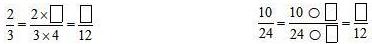
\[
\frac{2}{3}=\frac{2\times \square}{3\times 4}=\frac{\square}{12} \quad \frac{10}{24}=\frac{10\bigcirc\square}{24\bigcirc\square}=\frac{\square}{12}
\]